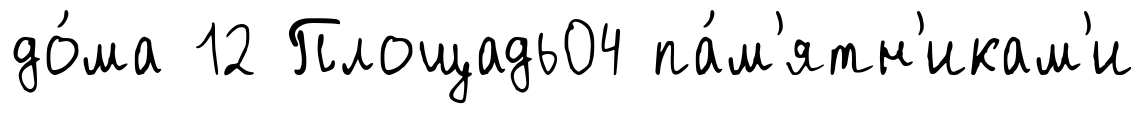
до́ма 12 Площадь04 па́м'ятн'икам'и